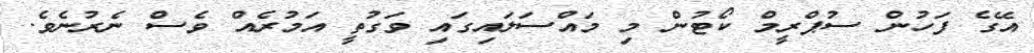
އޭގެ ފަހުން ސުޕްރީމް ކޯޓުން މި މައްސަލައިގައި ވަގުތީ އަމުރެއް ވެސް ނެރުނެވެ.